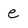
Character: e